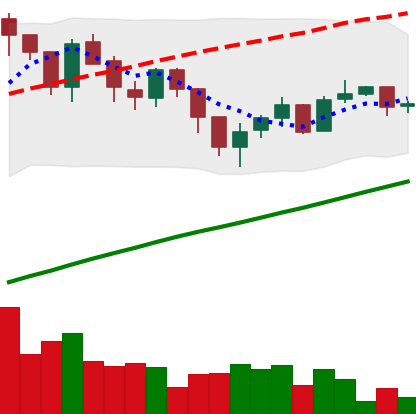
Ticker: LTC-USD
Chart end date: 2017-07-24
Forward return: -7.409%
Label: down_7plus